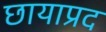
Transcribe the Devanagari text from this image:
छायाप्रद